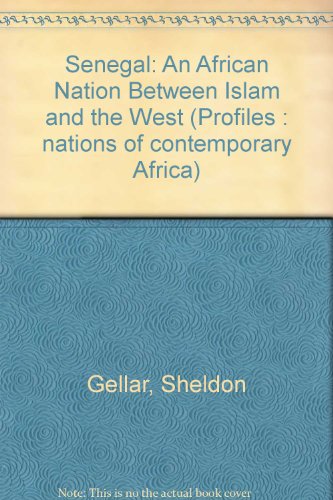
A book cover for Senegal: An African Nation Between Islam and the West; Sheldon Gellar; Travel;